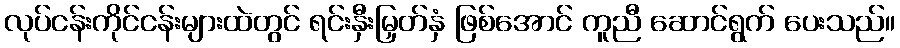
လုပ်ငန်းကိုင်ငန်းများထဲတွင် ရင်းနှီးမြှတ်နှံ ဖြစ်အောင် ကူညီ ဆောင်ရွက် ပေးသည်။